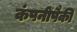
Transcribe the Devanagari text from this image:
कंपनींपैकी